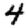
Digit: 4